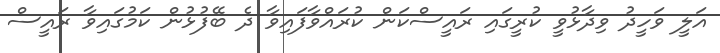
އަލީ ވަހީދު ވިދާޅުވީ ކުރީގައި ރައީސްކަން ކުރައްވާފައިވާ ދެ ބޭފުޅުން ކަމުގައިވާ ރައީސް